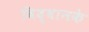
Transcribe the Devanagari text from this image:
विद्वानके